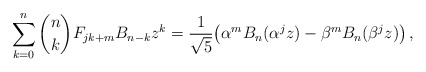
\begin{align*}\sum_{k = 0}^n {\binom nk F_{jk + m} B_{n - k} z^k } =\frac{1}{\sqrt5}\big( \alpha^m B_n(\alpha ^j z) - \beta^m B_n (\beta ^j z)\big)\,,\end{align*}